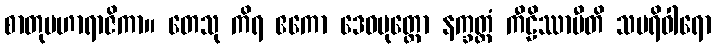
စာတုမဟာရာဇိကာ။ တေသု ကိရ ဧကော ဒေဝပုတ္တော နက္ခတ္တံ ကီဠိဿာမီတိ သပရိဝါရော